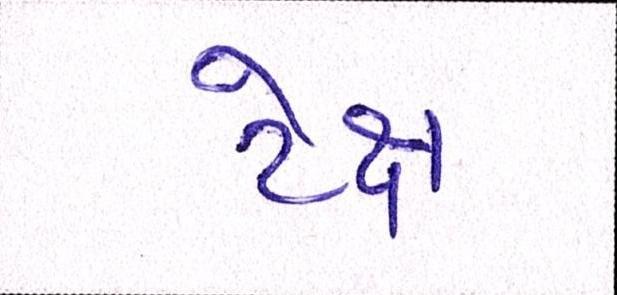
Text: ટેક્ષ